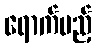
ရောက်မည့်